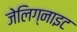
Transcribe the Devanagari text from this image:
जेलिग्नाइट